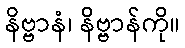
နိဗ္ဗာနံ၊ နိဗ္ဗာန်ကို။